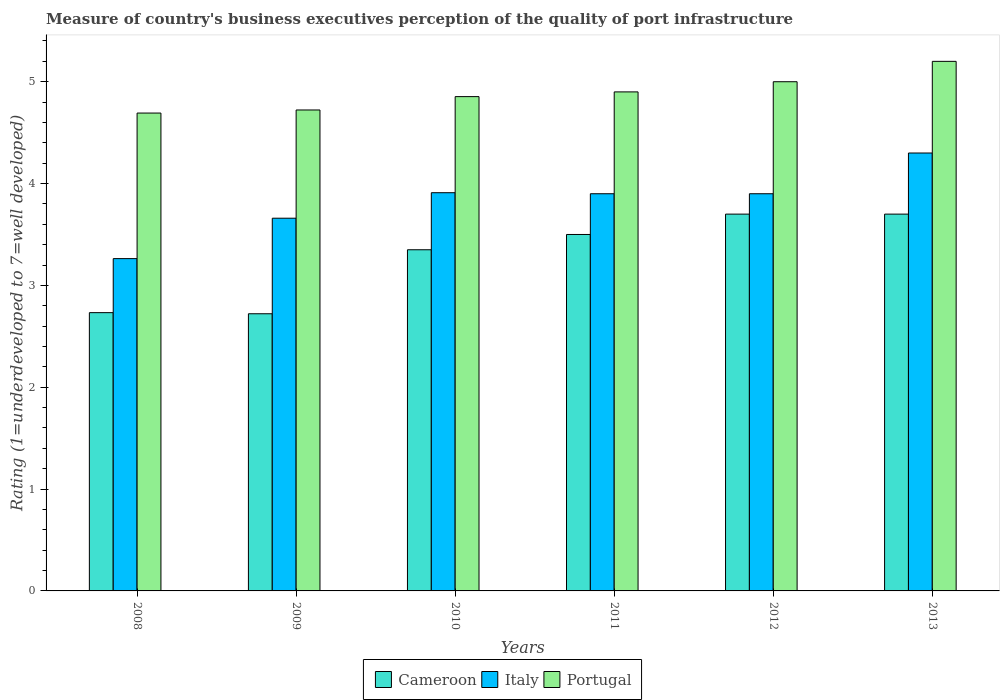
| Years | Cameroon | Italy | Portugal |
 | --- | --- | --- | --- |
 | 2008 | 2.73 | 3.26 | 4.69 |
 | 2009 | 2.72 | 3.66 | 4.72 |
 | 2010 | 3.35 | 3.91 | 4.85 |
 | 2011 | 3.5 | 3.9 | 4.9 |
 | 2012 | 3.7 | 3.9 | 5 |
 | 2013 | 3.7 | 4.3 | 5.2 |